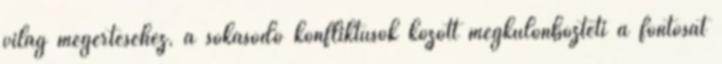
világ megértéséhez, a sokasodó konfliktusok között megkülönbözteti a fontosat